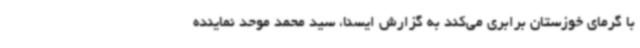
با گرمای خوزستان برابری می‌کند به گزارش ایسنا، سید محمد موحد نماینده